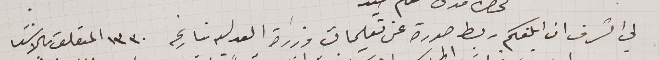
لي الشرف ان ابلغكم ربط صورة عن تعليمات وزارة العدليه بتاريخه ١٣٣٠ المتعلق بالاشيا